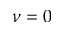
\nu = 0